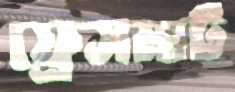
ফ্রেসমাট